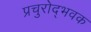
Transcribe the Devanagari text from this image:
प्रचुरोद्भवक